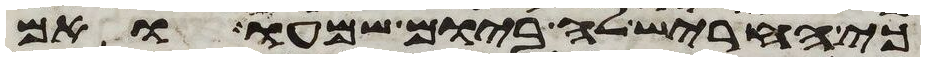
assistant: כי חריש לה ביום שמעו ואם